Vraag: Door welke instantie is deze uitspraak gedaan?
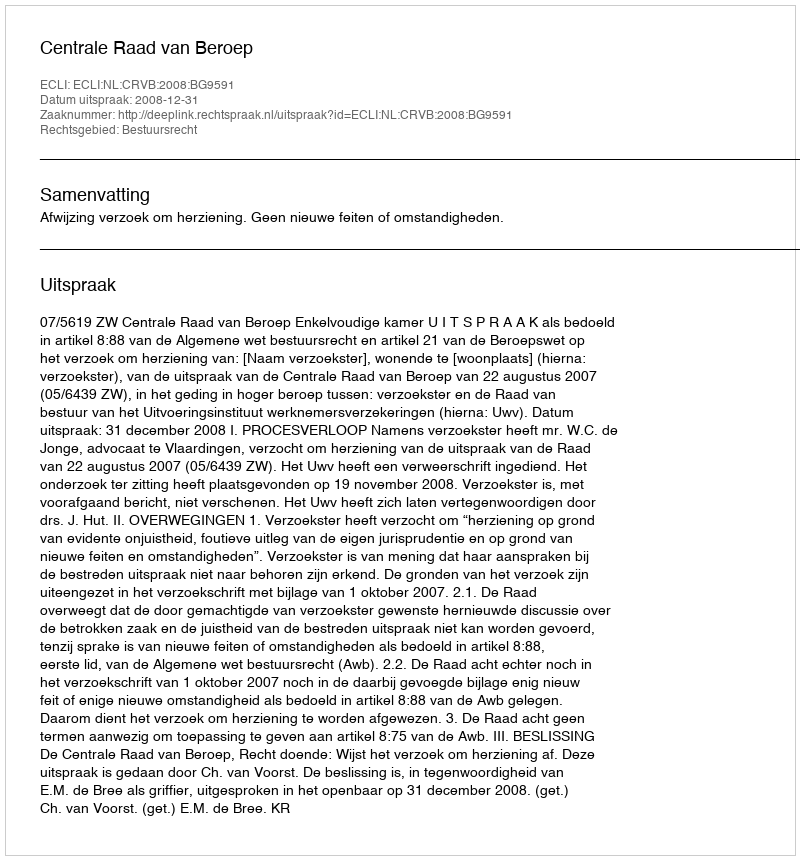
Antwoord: Centrale Raad van Beroep